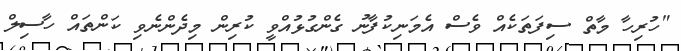
"ހުރިހާ މާތް ސިފަތަކެއް ވެސް އެމަނިކުފާނު ގެންގުޅުއްވީ ކުރިން މިދެންނެވި ކަންތައް ހާސިލް